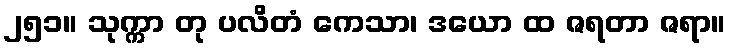
၂၅၁။ သုက္ကာ တု ပလိတံ ကေသာ၊ ဒယော ထ ဇရတာ ဇရာ။